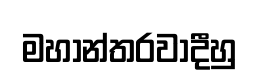
මහාන්තරවාදීහු